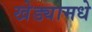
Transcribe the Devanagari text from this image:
खेड्यामधे